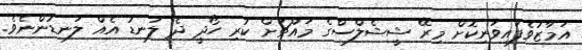
އަމާޒުވެފައިވަނިކޮށް މިރޭ ޝީޝެލްސްގެ މައްޗަށް ކުރި ހޯދީ ދެ ލަނޑު އެއް ލަނޑުންނެވެ.